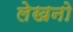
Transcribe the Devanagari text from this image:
लेखनो